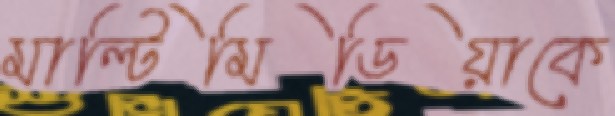
মাল্টিমিডিয়াকে